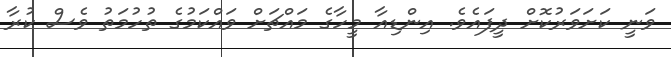
ވަނީ ކަށަވަރުކޮށް ދީފައެވެ. އިންޑިއާ މީހާގެ މައްޗަށް ވައްކަމުގެ ތުހުމަތު ވެސް ކުރާ